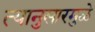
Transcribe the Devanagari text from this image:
त्यानुसारमुळे